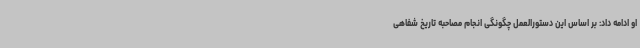
او ادامه داد: بر اساس این دستورالعمل چگونگی انجام مصاحبه تاریخ شفاهی